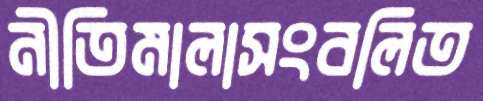
নীতিমালাসংবলিত